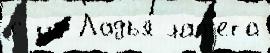
с из Ладья́ лаф'ета